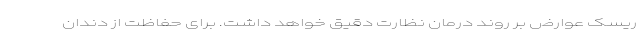
ریسک عوارض بر روند درمان نظارت دقیق خواهد داشت. برای حفاظت از دندان